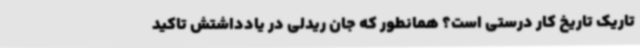
تاریک تاریخ کار درستی است؟ همانطور که جان ریدلی در یادداشتش تاکید